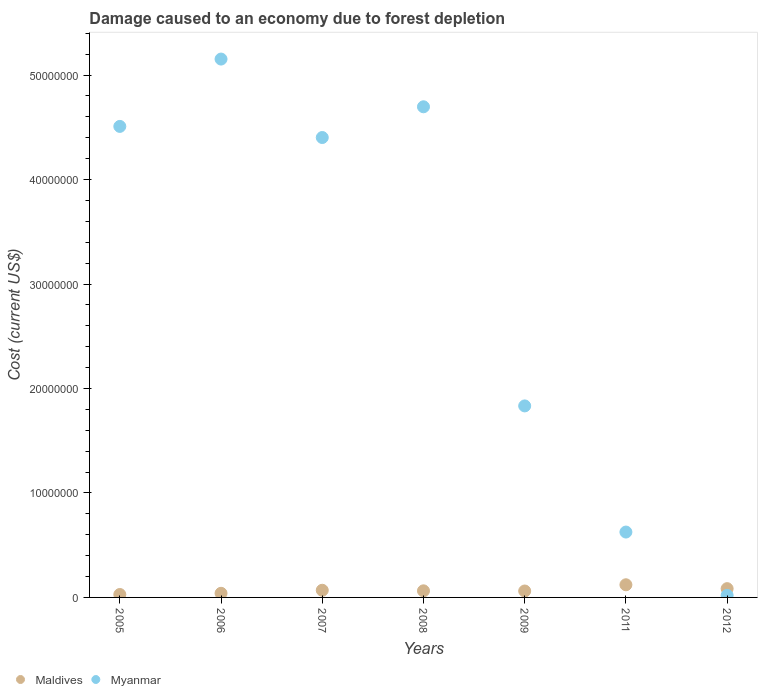
| Years | Maldives | Myanmar |
 | --- | --- | --- |
 | 2005 | 2.8e+05 | 4.51e+07 |
 | 2006 | 3.94e+05 | 5.15e+07 |
 | 2007 | 6.85e+05 | 4.4e+07 |
 | 2008 | 6.31e+05 | 4.7e+07 |
 | 2009 | 6.14e+05 | 1.83e+07 |
 | 2011 | 1.21e+06 | 6.26e+06 |
 | 2012 | 8.4e+05 | 1.95e+05 |